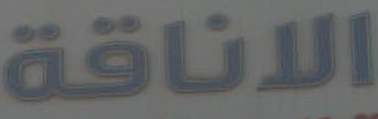
الاناقة